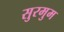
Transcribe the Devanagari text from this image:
सुरमुम